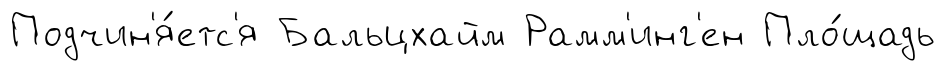
Подчин'я́етс'я Бальцхайм Рамм'инг'ен Пло́щадь